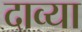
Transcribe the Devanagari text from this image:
दाव्या